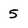
Character: 5